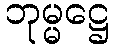
ဘုမ္မဋ္ဌေ